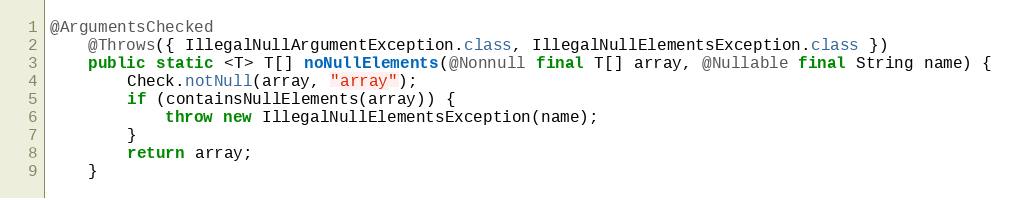
Language: Java
@ArgumentsChecked
	@Throws({ IllegalNullArgumentException.class, IllegalNullElementsException.class })
	public static <T> T[] noNullElements(@Nonnull final T[] array, @Nullable final String name) {
		Check.notNull(array, "array");
		if (containsNullElements(array)) {
			throw new IllegalNullElementsException(name);
		}
		return array;
	}